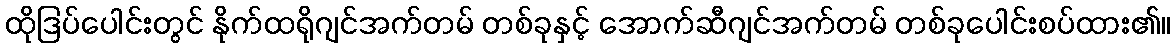
ထိုဒြပ်ပေါင်းတွင် နိုက်ထရိုဂျင်အက်တမ် တစ်ခုနှင့် အောက်ဆီဂျင်အက်တမ် တစ်ခုပေါင်းစပ်ထား၏။